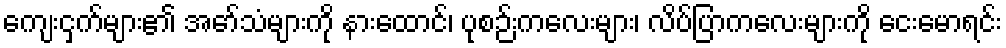
ကျေးငှက်များ၏ အော်သံများကို နားထောင်၊ ပုစဉ်းကလေးများ၊ လိပ်ပြာကလေးများကို ငေးမောရင်း